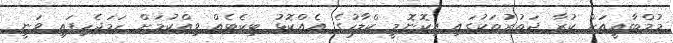
މުމްބާއީއަށް ކުރާ ދަތުރުތަކުގައި އިކޮނޮމީ ކްލާހުގެ އެއްކޮޅު ޓިކެޓެއް ވިއްކުމަށް ހަމަޖެހިފައި ވަނީ